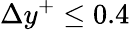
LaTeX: \Delta y^{+}\leq 0.4